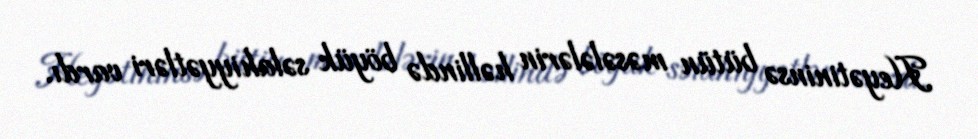
Heyətininsə bütün məsələlərin həllində böyük səlahiyyətləri vardı.